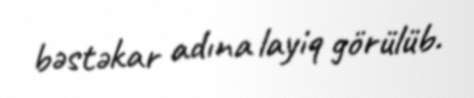
bəstəkar adına layiq görülüb.